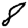
Digit: 8